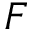
\boldsymbol { F }